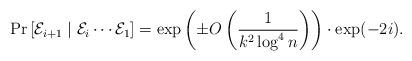
LaTeX: \begin{align*} \Pr\left[\mathcal E_{i+1} \mid \mathcal E_i\cdots \mathcal E_1\right]= \exp\left(\pm O\left(\frac{1}{k^{2}\log^{4}n}\right)\right)\cdot\exp(-2i).\end{align*}